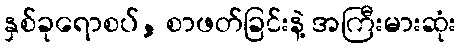
နှစ်ခုရောစပ်, စာဖတ်ခြင်းနဲ့ အကြီးမားဆုံး